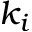
k _ { i }